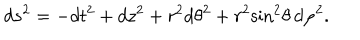
LaTeX: d s ^ { 2 } = - d t ^ { 2 } + d z ^ { 2 } + r ^ { 2 } d { \theta } ^ { 2 } + r ^ { 2 } { \sin } ^ { 2 } \theta \, d { \varphi } ^ { 2 } .